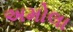
અમોલા